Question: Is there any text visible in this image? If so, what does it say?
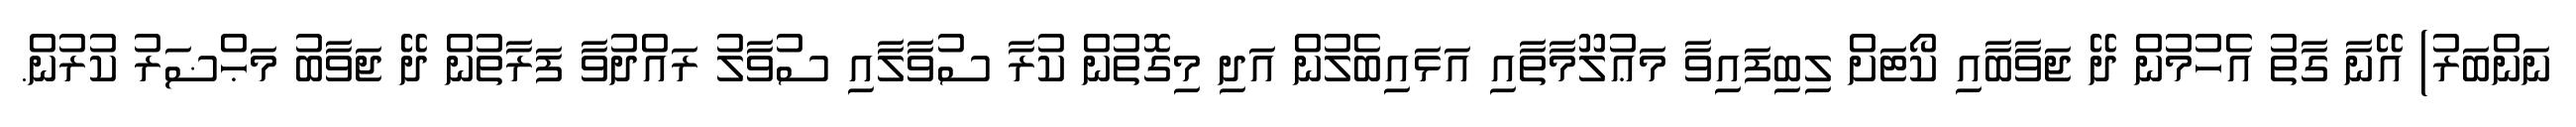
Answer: ނަންބަރު) އޭނާ ގާތު އެހުމުން ދޭ ޖަވާބާއި ކޯޓަށް ލިބިފައިވާ މަޢުލޫމާތާއި އަޅައިބެލުން އަދި މިގޮތުން ކުރާ ސުވާލާއި ސުވާލު ރައްދުވާ ފަރާތުން ދޭ ޖަވާބު މަޙްޟަރު ކުރުން.